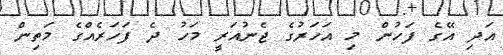
އަދި އޭގެ ފަހުން މި އަހަރުގެ ޖެނުއަރީ މަހު ދެ ފަހަރެއްގެ މަތިން